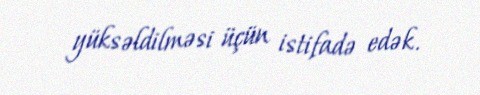
yüksəldilməsi üçün istifadə edək.